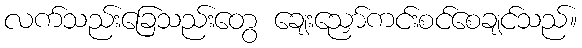
လက်သည်းခြေသည်းတွေ ချေးညှော်ကင်းစင်စေချင်သည်။